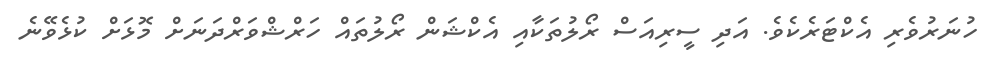
ހުނަރުވެރި އެކްޓަރެކެވެ. އަދި ސީރިއަސް ރޯލުތަކާއި އެކްޝަން ރޯލުތައް ހަރްޝްވަރްދަނަށް މޮޅަށް ކުޅެވޭނެ